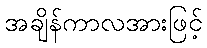
အချိန်ကာလအားဖြင့်